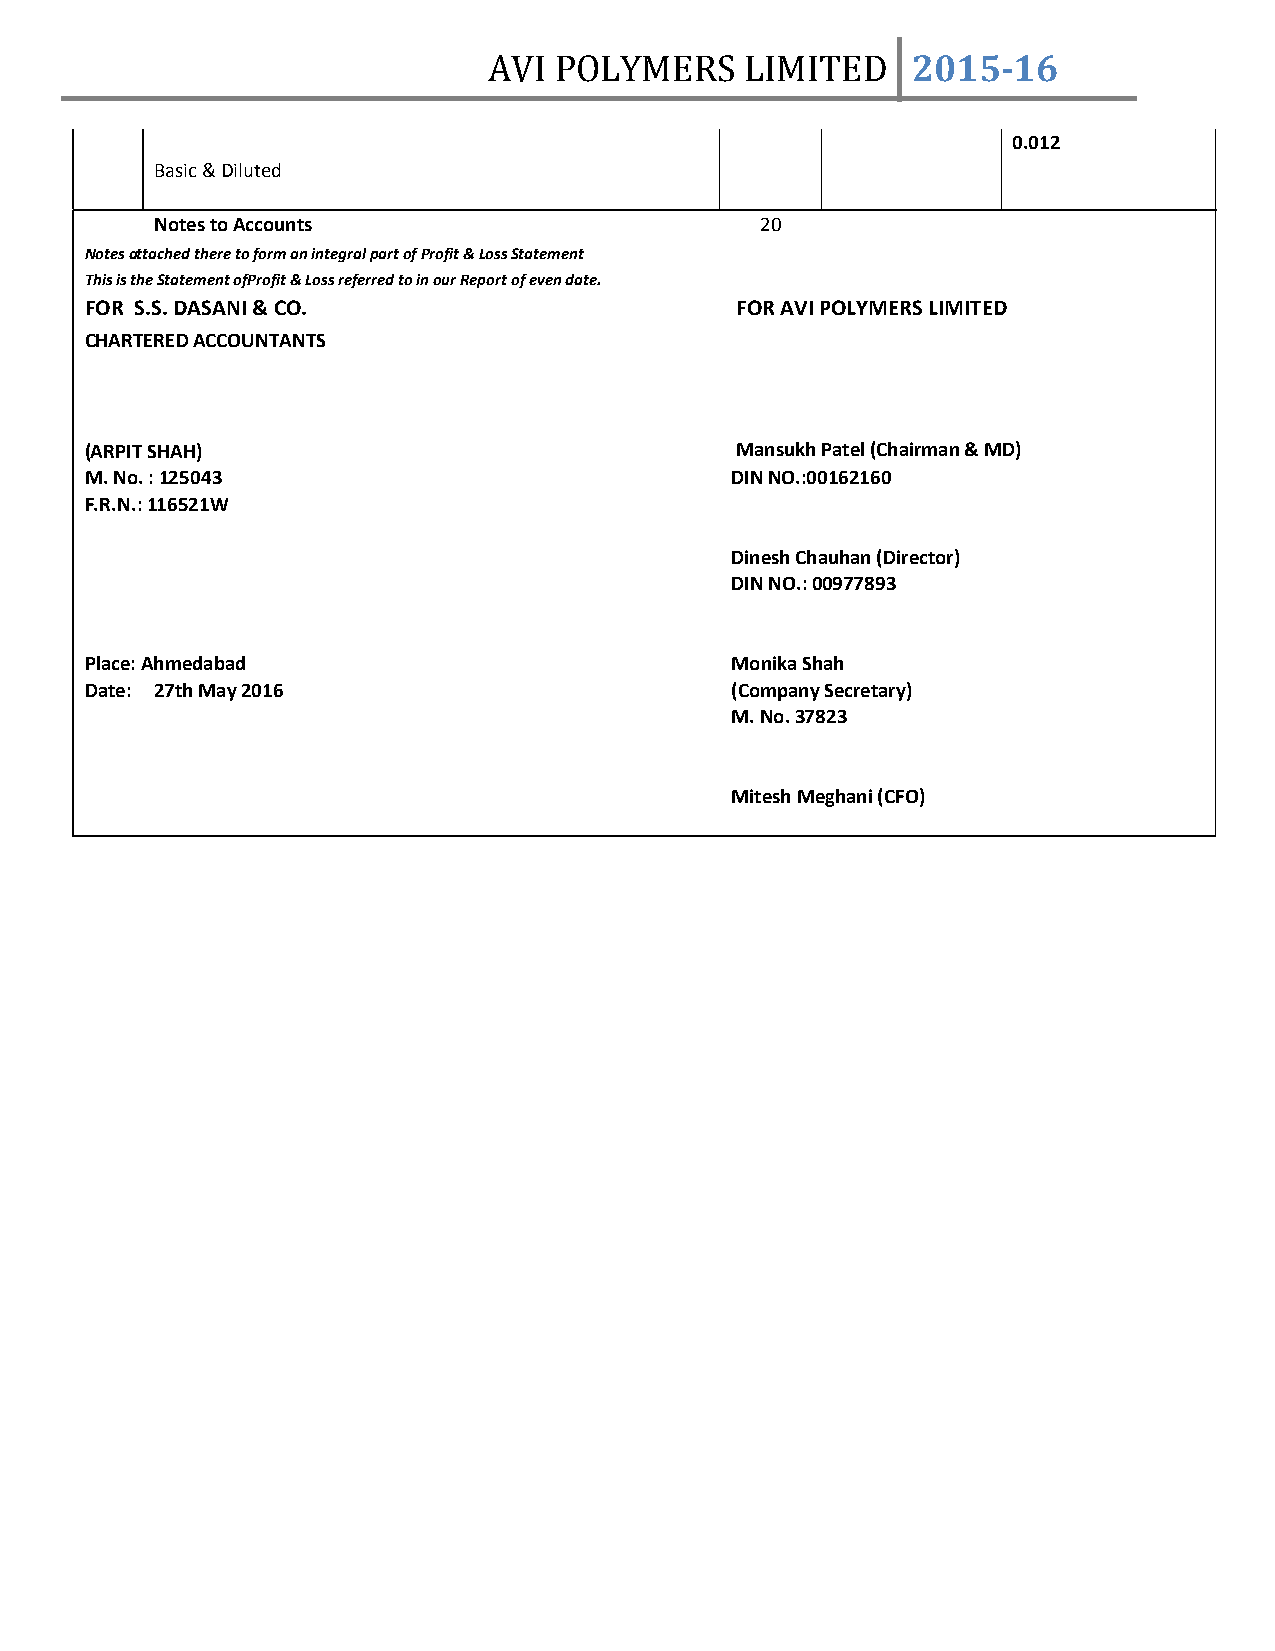
AVI  POLYMERS    LIMITED    2015­16
 0.012
 Basic & Diluted
 Notes to Accounts                       20
 Notes attached there to form an integral part of Profit & Loss Statement
 This is the Statement ofProfit & Loss referred to in our Report of even date.
 FOR S.S. DASANI & CO.                      FOR AVI POLYMERS LIMITED
 CHARTERED ACCOUNTANTS
 (ARPIT SHAH)                               Mansukh Patel (Chairman & MD)
 M. No. : 125043                           DIN NO.:00162160
 F.R.N.: 116521W
 Dinesh Chauhan (Director)
 DIN NO.: 00977893
 Place: Ahmedabad                          Monika Shah
 Date: 27th May 2016                       (Company Secretary)
 M. No. 37823
 Mitesh Meghani (CFO)